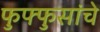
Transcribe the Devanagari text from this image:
फुफ्फुसांचे